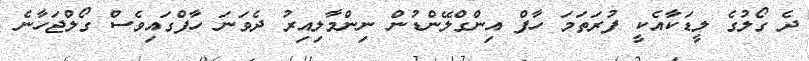
ދެ ގޯލުގެ ލީޑަކާއެކީ ފުރަތަމަ ހާފް އިންގްލޭންޑުން ނިންމާލިއިރު ދެވަނަ ހާފްގައިވެސް ގޯލްޖަހާނެ